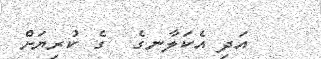
އަދި އެކަލާނގެ  ގެ ކުރިޔަށް